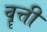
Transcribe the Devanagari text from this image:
वॄत्ती